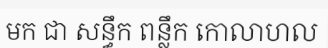
មក ជា សន្ធឹក ពន្លឹក កោលាហល